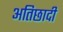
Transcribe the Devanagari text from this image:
अतिछादी